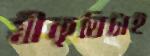
স্বীকৃতিটাই